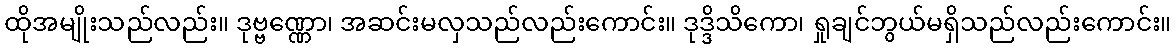
ထိုအမျိုးသည်လည်း။ ဒုဗ္ဗဏ္ဏော၊ အဆင်းမလှသည်လည်းကောင်း။ ဒုဒ္ဒိသိကော၊ ရှုချင်ဘွယ်မရှိသည်လည်းကောင်း။